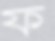
ফ